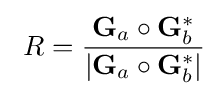
\ R={\frac {\mathbf {G} _{a}\circ \mathbf {G} _{b}^{*}}{|\mathbf {G} _{a}\circ \mathbf {G} _{b}^{*}|}}